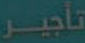
تأجير